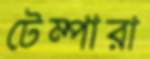
টেম্পারা